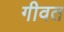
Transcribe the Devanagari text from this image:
गीवत